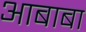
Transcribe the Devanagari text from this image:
आबाबा